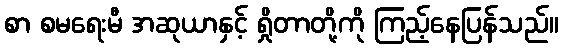
စာ စမရေးမီ အဆုယာနှင့် ရှိုတာတို့ကို ကြည့်နေပြန်သည်။